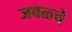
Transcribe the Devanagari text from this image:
जवळ्चे